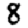
Digit: 8